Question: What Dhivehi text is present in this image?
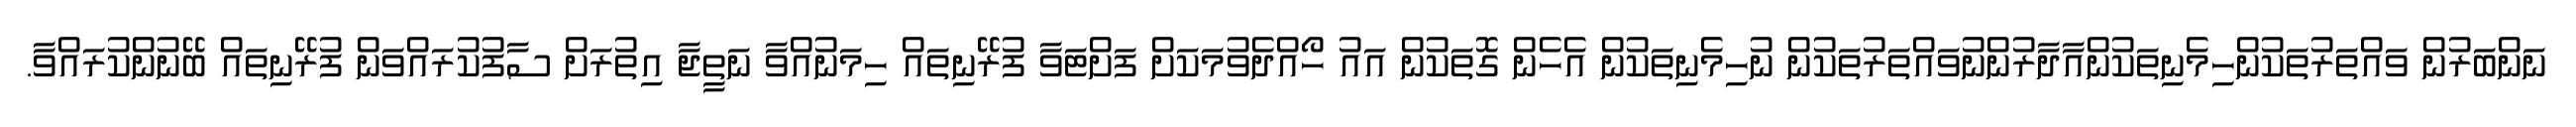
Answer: ނަންބަރުން ވައްތަރުތަކުންހިމެނިތަކުންއާދާރުންނުވައްތަރުތަކުން ނުހިމެނިތަކުން އެހެން ގޮތަކުން އައު ހޯއްދެވުމަކަށް ފަށްޓަވާ ފުރޭނިތައް ހިމަނުއްވާ ނަތީޖާ އިތުރަށް ސާފުކުރައްވަން ފުރޭނިތައް ބޭނުންކުރައްވާ.